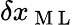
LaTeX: \delta x_{\mathrm{~M~L~}}